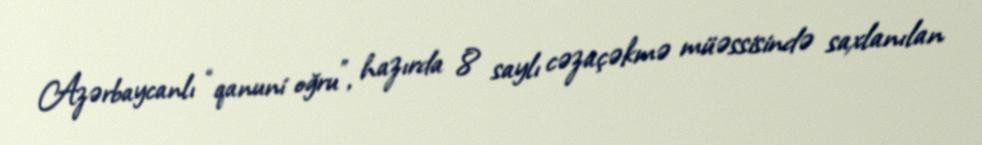
Azərbaycanlı “qanuni oğru”, hazırda 8 saylı cəzaçəkmə müəssisində saxlanılan